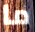
ما